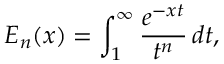
E _ { n } ( x ) = \int _ { 1 } ^ { \infty } { \frac { e ^ { - x t } } { t ^ { n } } } \, d t ,